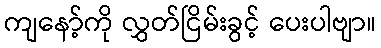
ကျနော့်ကို လွှတ်ငြိမ်းခွင့် ပေးပါဗျာ။